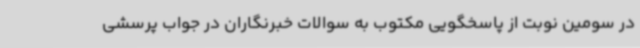
در سومین نوبت از پاسخگویی مکتوب به سوالات خبرنگاران در جواب پرسشی